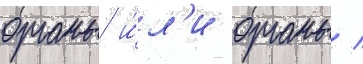
органы и́л'и органы /